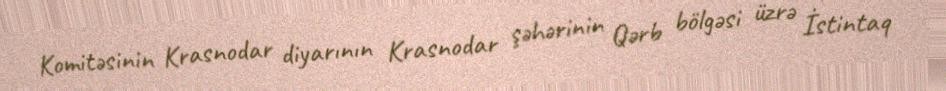
Komitəsinin Krasnodar diyarının Krasnodar şəhərinin Qərb bölgəsi üzrə İstintaq